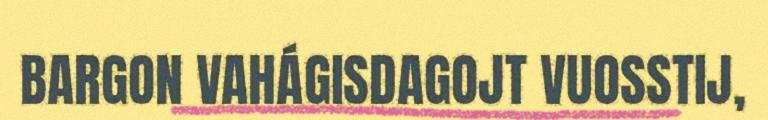
BARGON VAHÁGISDAGOJT VUOSSTIJ,